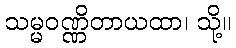
သမ္မဝဏ္ဏိတာယထာ၊ သို့။